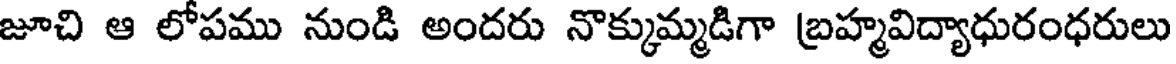
జూచి ఆ లోపము నుండి అందరు నొక్కుమ్మడిగా బ్రహ్మవిద్యాధురంధరులు